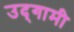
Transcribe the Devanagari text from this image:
उद्‌गामी